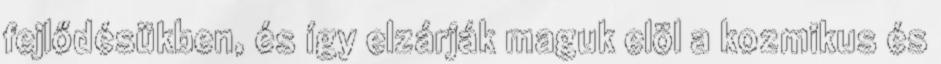
fejlődésükben, és így elzárják maguk elöl a kozmikus és